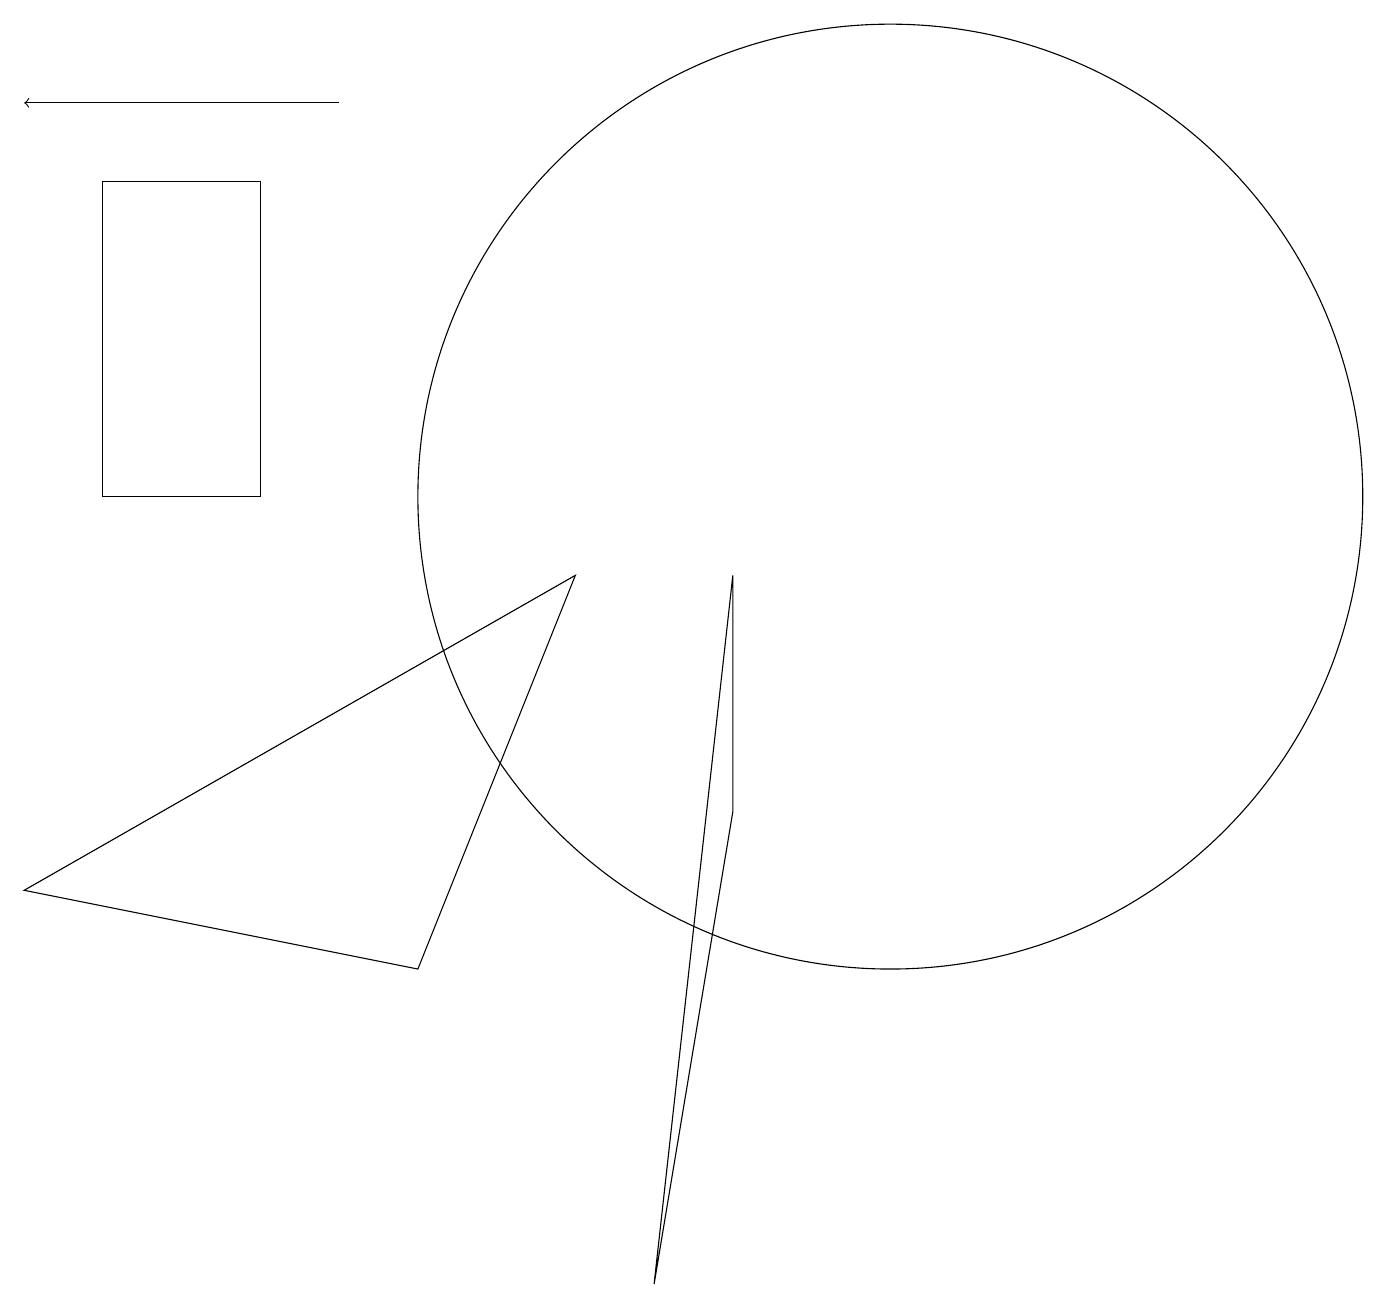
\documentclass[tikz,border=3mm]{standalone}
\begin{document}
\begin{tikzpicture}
\draw (7,9) -- (0,5) -- (5,4) -- cycle;
\draw (9,6) -- (8,0) -- (9,9) -- cycle;
\draw (11,10) circle (6);
\draw[->] (4,15) -- (0,15);
\draw (1,14) rectangle (3,10);
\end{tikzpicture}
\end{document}